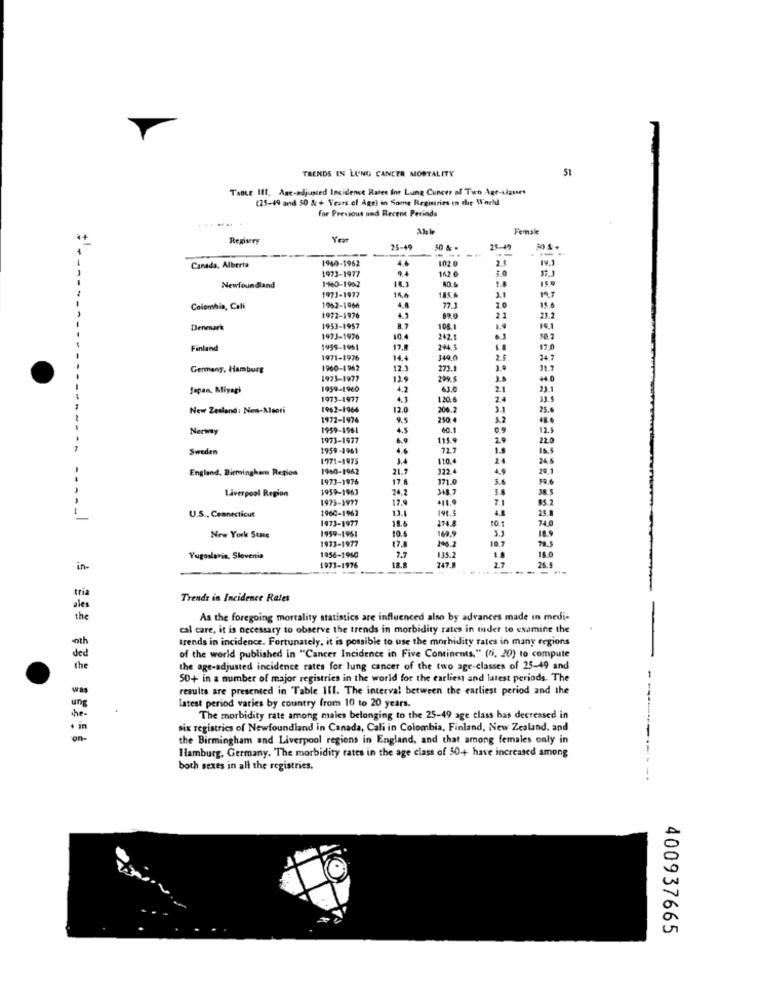
TRENDS IN LUNG CANCER MORTALITY
51
TaBee IIt, Age-adjusted Incidence Rates for Lung Cuncer of Two Age-classes
(25-49 and 50 & + Years of Age) in Some Registries In the World
for Previous and Recent Periods
Female
Registry
Year
25-49
50 & .
--
30 & +
1940-1962
102 0
Canada. Alberta
1973-1977
4.6
142.6
18.3
1.8
Newfoundland
1960-1962
1856
1973-1977
14,4
15.6
Colombia, Cali
1962-1966
77.1
2 0
1972-1976
89.0
22
23.2
Denmark
1953-1957
8.7
108.1
19,1
1973-1976
10.4
242.1
50.2
Finland
1959-1961
12.
24.5
17.0
1971-1976
14.4
149.0
2.5
Germany, Hamburg
1960-1962
12.3
273.1
1973-1977
129
Japan. Miyagi
1959-1960
4.2
63.0
21
23.1
1973-1977
.3
120.6
2.4
33.5
New Zealand: Nes-Maori
1962-1964
12.0
206.2
3.1
25.
1972-1976
9.5
250 4
Nerway
1959-1961
4.5
12.5
1973-1977
6.9
115
2.9
22.0
Sweden
1959-1961
72.
1.8
Is.$
1971-1975
3.4
110.4
24
24.6
England, Birmingham Region
1940-1962
21.7
122.4
4.9
20,1
1973-1976
17.8
171.0
5.6
50.6
1959-1963
24.2
348.7
5.8
38.5
Liverpool Region
1975-1977
17.9
7.
BS 2
1960-1962
13.4
1963
25.8
U.S ., Connecticut
1473-1977
18.6
74.
1959-1951
174.8
18.
New York Stase
1973-1977
195
149.9
10.
17.8
18.0
Yugoslavia, Slovenia
1956-1960
7.7
135.2
247.
26.5
in-
1973-1976
18.8
tria
Trends in Incidence Rates
ale
the
As the foregoing mortality statistics are influenced also by advances made in medi-
cal care, it is necessary to observe the trends in morbidity rates in mder to examine the
trends in incidence. Fortunately, it is possible to use the morbidity rates in many regions
ded
of the world published in "Cancer Incidence in Five Continents." (5, 20) to compute
the
the age-adjusted incidence rates for lung cancer of the two age-classes of 25-49 and
50+ in a number of major registries in the world for the earliest and latest periods. The
was
results are presented in Table III. The interval between the earliest period and the
Latest period varies by country from 10 to 20 years.
ung
the
The morbidity rate among males belonging to the 25-49 age class has decreased in
six registries of Newfoundland in Canada, Cali in Colombia, Finland, New Zealand, and
on-
the Birmingham and Liverpool regions in England, and that among females only in
Hamburg, Germany. The morbidity rates in the age class of 50-+ have increased among
both sexes in all the registries.
400937665